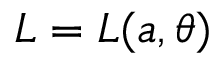
L = L ( a , \theta )